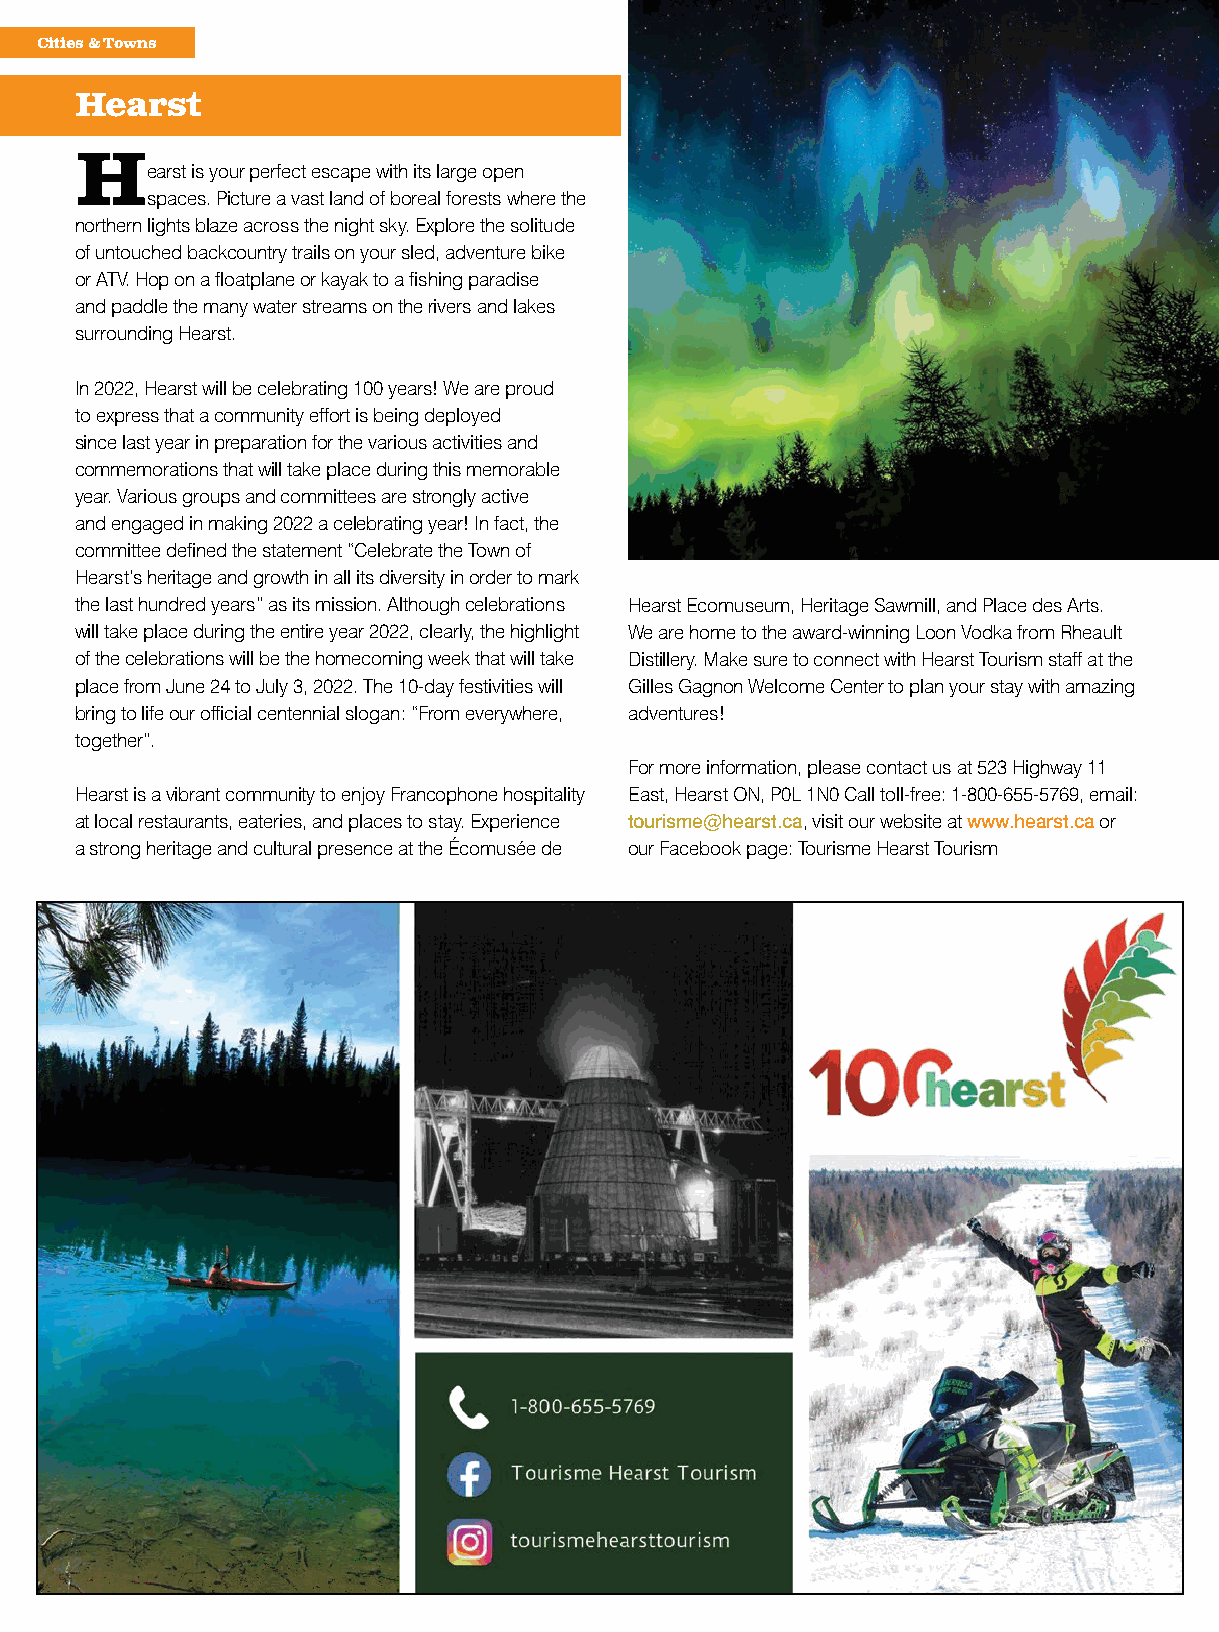
Cities & Towns
 Hearst
 Hearst  is your perfect escape with its large open
 spaces. Picture a vast land of boreal forests where the
 northern lights blaze across the night sky. Explore the solitude
 of untouched backcountry trails on your sled, adventure bike
 or ATV. Hop on a floatplane or kayak to a fishing paradise
 and paddle the many water streams on the rivers and lakes
 surrounding Hearst.
 In 2022, Hearst will be celebrating 100 years! We are proud
 to express that a community effort is being deployed
 since last year in preparation for the various activities and
 commemorations that will take place during this memorable
 year. Various groups and committees are strongly active
 and engaged in making 2022 a celebrating year! In fact, the
 committee defined the statement “Celebrate the Town of
 Hearst’s heritage and growth in all its diversity in order to mark
 the last hundred years” as its mission. Although celebrations Hearst Ecomuseum, Heritage Sawmill, and Place des Arts.
 will take place during the entire year 2022, clearly, the highlight We are home to the award-winning Loon Vodka from Rheault
 of the celebrations will be the homecoming week that will take Distillery. Make sure to connect with Hearst Tourism staff at the
 place from June 24 to July 3, 2022. The 10-day festivities will Gilles Gagnon Welcome Center to plan your stay with amazing
 bring to life our official centennial slogan: “From everywhere, adventures!
 together”.
 For more information, please contact us at 523 Highway 11
 Hearst is a vibrant community to enjoy Francophone hospitality East, Hearst ON, P0L 1N0 Call toll-free: 1-800-655-5769, email:
 at local restaurants, eateries, and places to stay. Experience tourisme@hearst.ca, visit our website at www.hearst.ca or
 a strong heritage and cultural presence at the Écomusée de our Facebook page: Tourisme Hearst Tourism